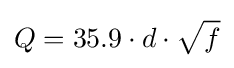
Q=35.9\cdot d\cdot {\sqrt {f}}